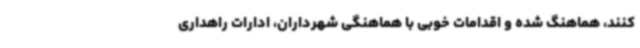
کنند، هماهنگ شده و اقدامات خوبی با هماهنگی شهرداران، ادارات راهداری